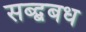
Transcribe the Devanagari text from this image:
सब्द्बबध